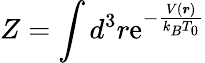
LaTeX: Z=\int d^{3}r\mathrm{e}^{-\frac{V(\boldsymbol{r})}{k_{B}T_{0}}}